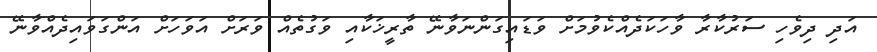
އަދި ދިވެހި ސަރުކާރާ ވާހަކަދެއްކެވުމަށް ވަޑައިގަންނަވާނޭ ތާރީޚަކާއި ވަގުތެއް ވަރަށް އަވަހަށް އަންގަވައިދެއްވާނޭ